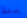
بضغط